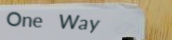
One Way